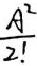
$\frac{A^{2}}{2!}$